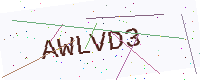
Text: AWLVD3